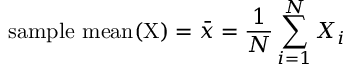
{ \mathrm { s a m p l e ~ m e a n ( X ) } } = { \bar { x } } = { \frac { 1 } { N } } \sum _ { i = 1 } ^ { N } X _ { i }